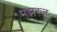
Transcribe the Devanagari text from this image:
मझरज